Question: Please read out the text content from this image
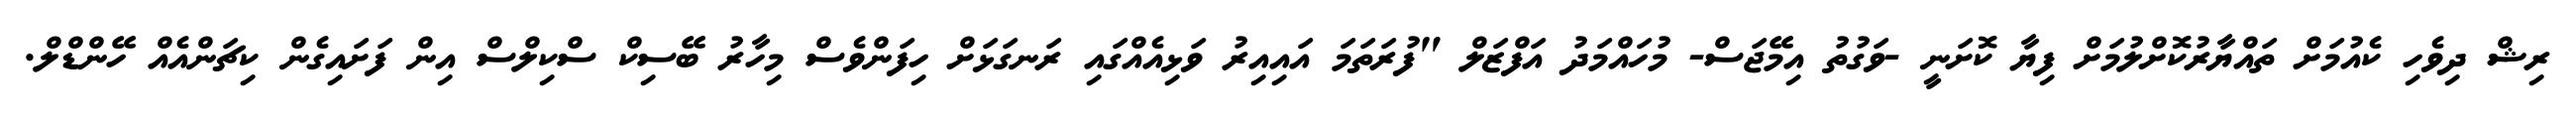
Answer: ރިޝް ދިވެހި ކެއުމަށް ތައްޔާރުކޮށްލުމަށް ފިޔާ ކޮށަނީ -ވަގުތު އިމޭޖަސް- މުހައްމަދު އަފްޒަލް "ފުރަތަމަ އައިއިރު ވަޅިއެއްގައި ރަނގަޅަށް ހިފަންވެސް މިހާރު ބޭސިކް ސްކިލްސް އިން ފަށައިގެން ކިޗަންއެއް ހޭންޑްލް.